Vaccination in Burma 1920-1933 - 1920-1933
Year: 1920
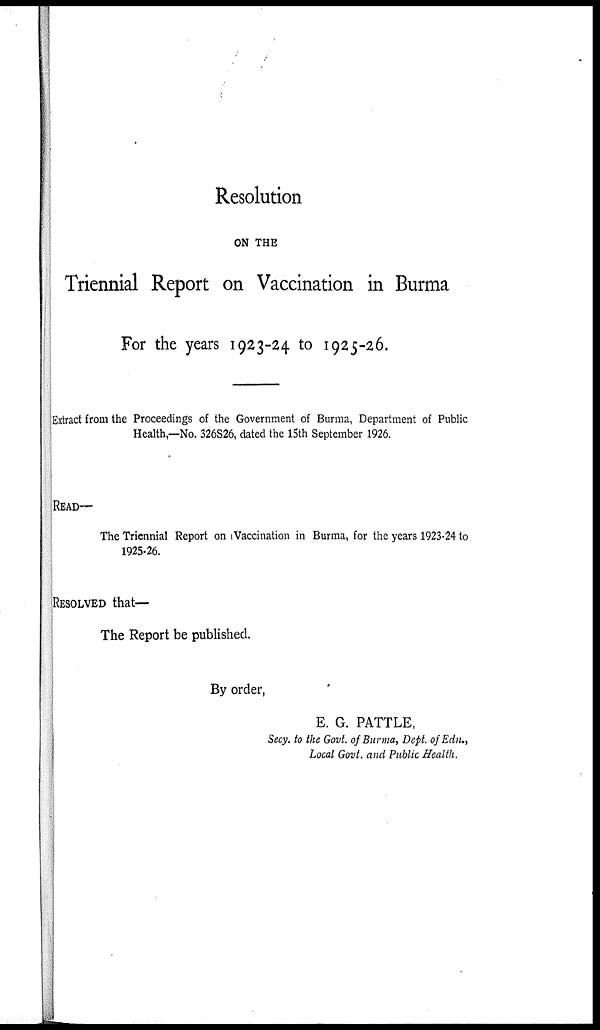
Resolution
ON THE
Triennial Report on Vaccination in Burma
For the years 1923-24 to 1925-26.
Extract from the Proceedings of the Government of Burma, Department of Public
Health,—No. 326826, dated the 15th September 1926.
READ—
The Triennial Report on Vaccination in Burma, for the years 1923-24 to
1925-26.
RESOLVED that—
The Report be published.
By order,
E. G. PATTLE,
Secy. to the Govt. of Burma, Dept. of Edu.,
Local Govt. and Public Health.